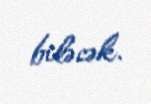
biləcək.